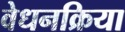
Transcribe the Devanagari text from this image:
वेधनक्रिया